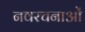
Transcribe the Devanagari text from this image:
नवरचनाओं